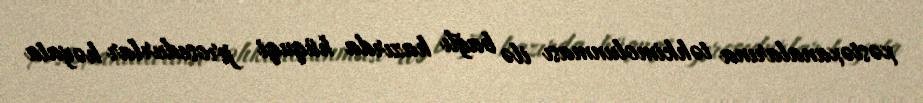
xəstəxanalarına təhkimolunması ilə bağlı hazırda hüquqi prosedurlar həyata